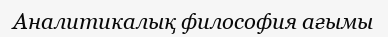
Аналитикалық философия ағымы